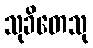
သုခိတေသု